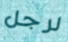
لرجل